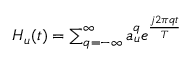
\begin{array} { r } { H _ { u } ( t ) = \sum _ { q = - \infty } ^ { \infty } { a _ { u } ^ { q } e ^ { \frac { j 2 \pi q t } { T } } } } \end{array}